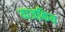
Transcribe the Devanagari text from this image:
याजकिय